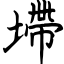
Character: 墆